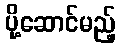
ပို့ဆောင်မည့်